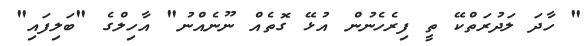
" ހާދަ ލަދުރަތްކޭ ތީ ފިރެހެނުން އުޅޭ ގޮތެއް ނޫނެއްނު" އާހިލްގެ "ބަލިފައި"